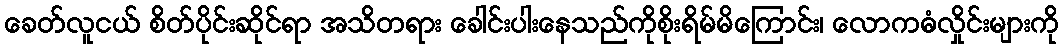
ခေတ်လူငယ် စိတ်ပိုင်းဆိုင်ရာ အသိတရား ခေါင်းပါးနေသည်ကိုစိုးရိမ်မိကြောင်း၊ လောကဓံလှိုင်းများကို